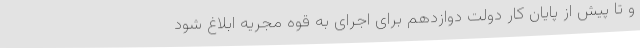
و تا پیش از پایان کار دولت دوازدهم برای اجرای به قوه مجریه ابلاغ شود